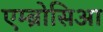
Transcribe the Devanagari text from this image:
एम्ब्रोसिआ